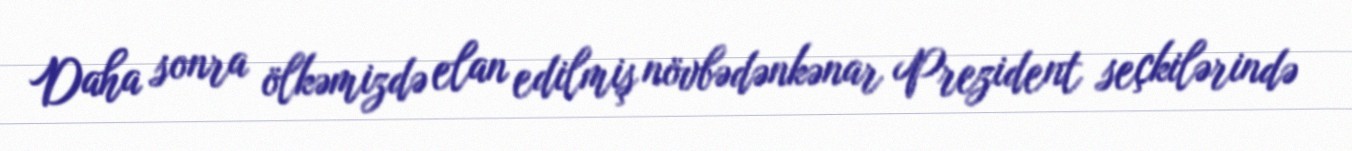
Daha sonra ölkəmizdə elan edilmiş növbədənkənar Prezident seçkilərində